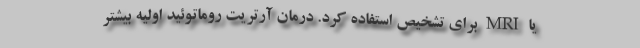
یا MRI برای تشخیص استفاده کرد. درمان آرتریت روماتوئید اولیه بیشتر